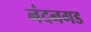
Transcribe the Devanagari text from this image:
नंदनगड